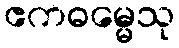
ဧကဓမ္မေသု